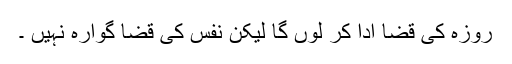
روزہ کی قضا ادا کر لوں گا لیکن نفس کی قضا گوارہ نہیں ۔